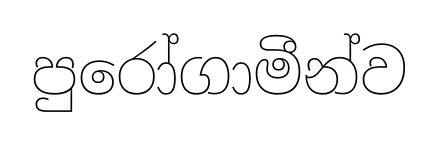
පුරෝගාමීන්ව